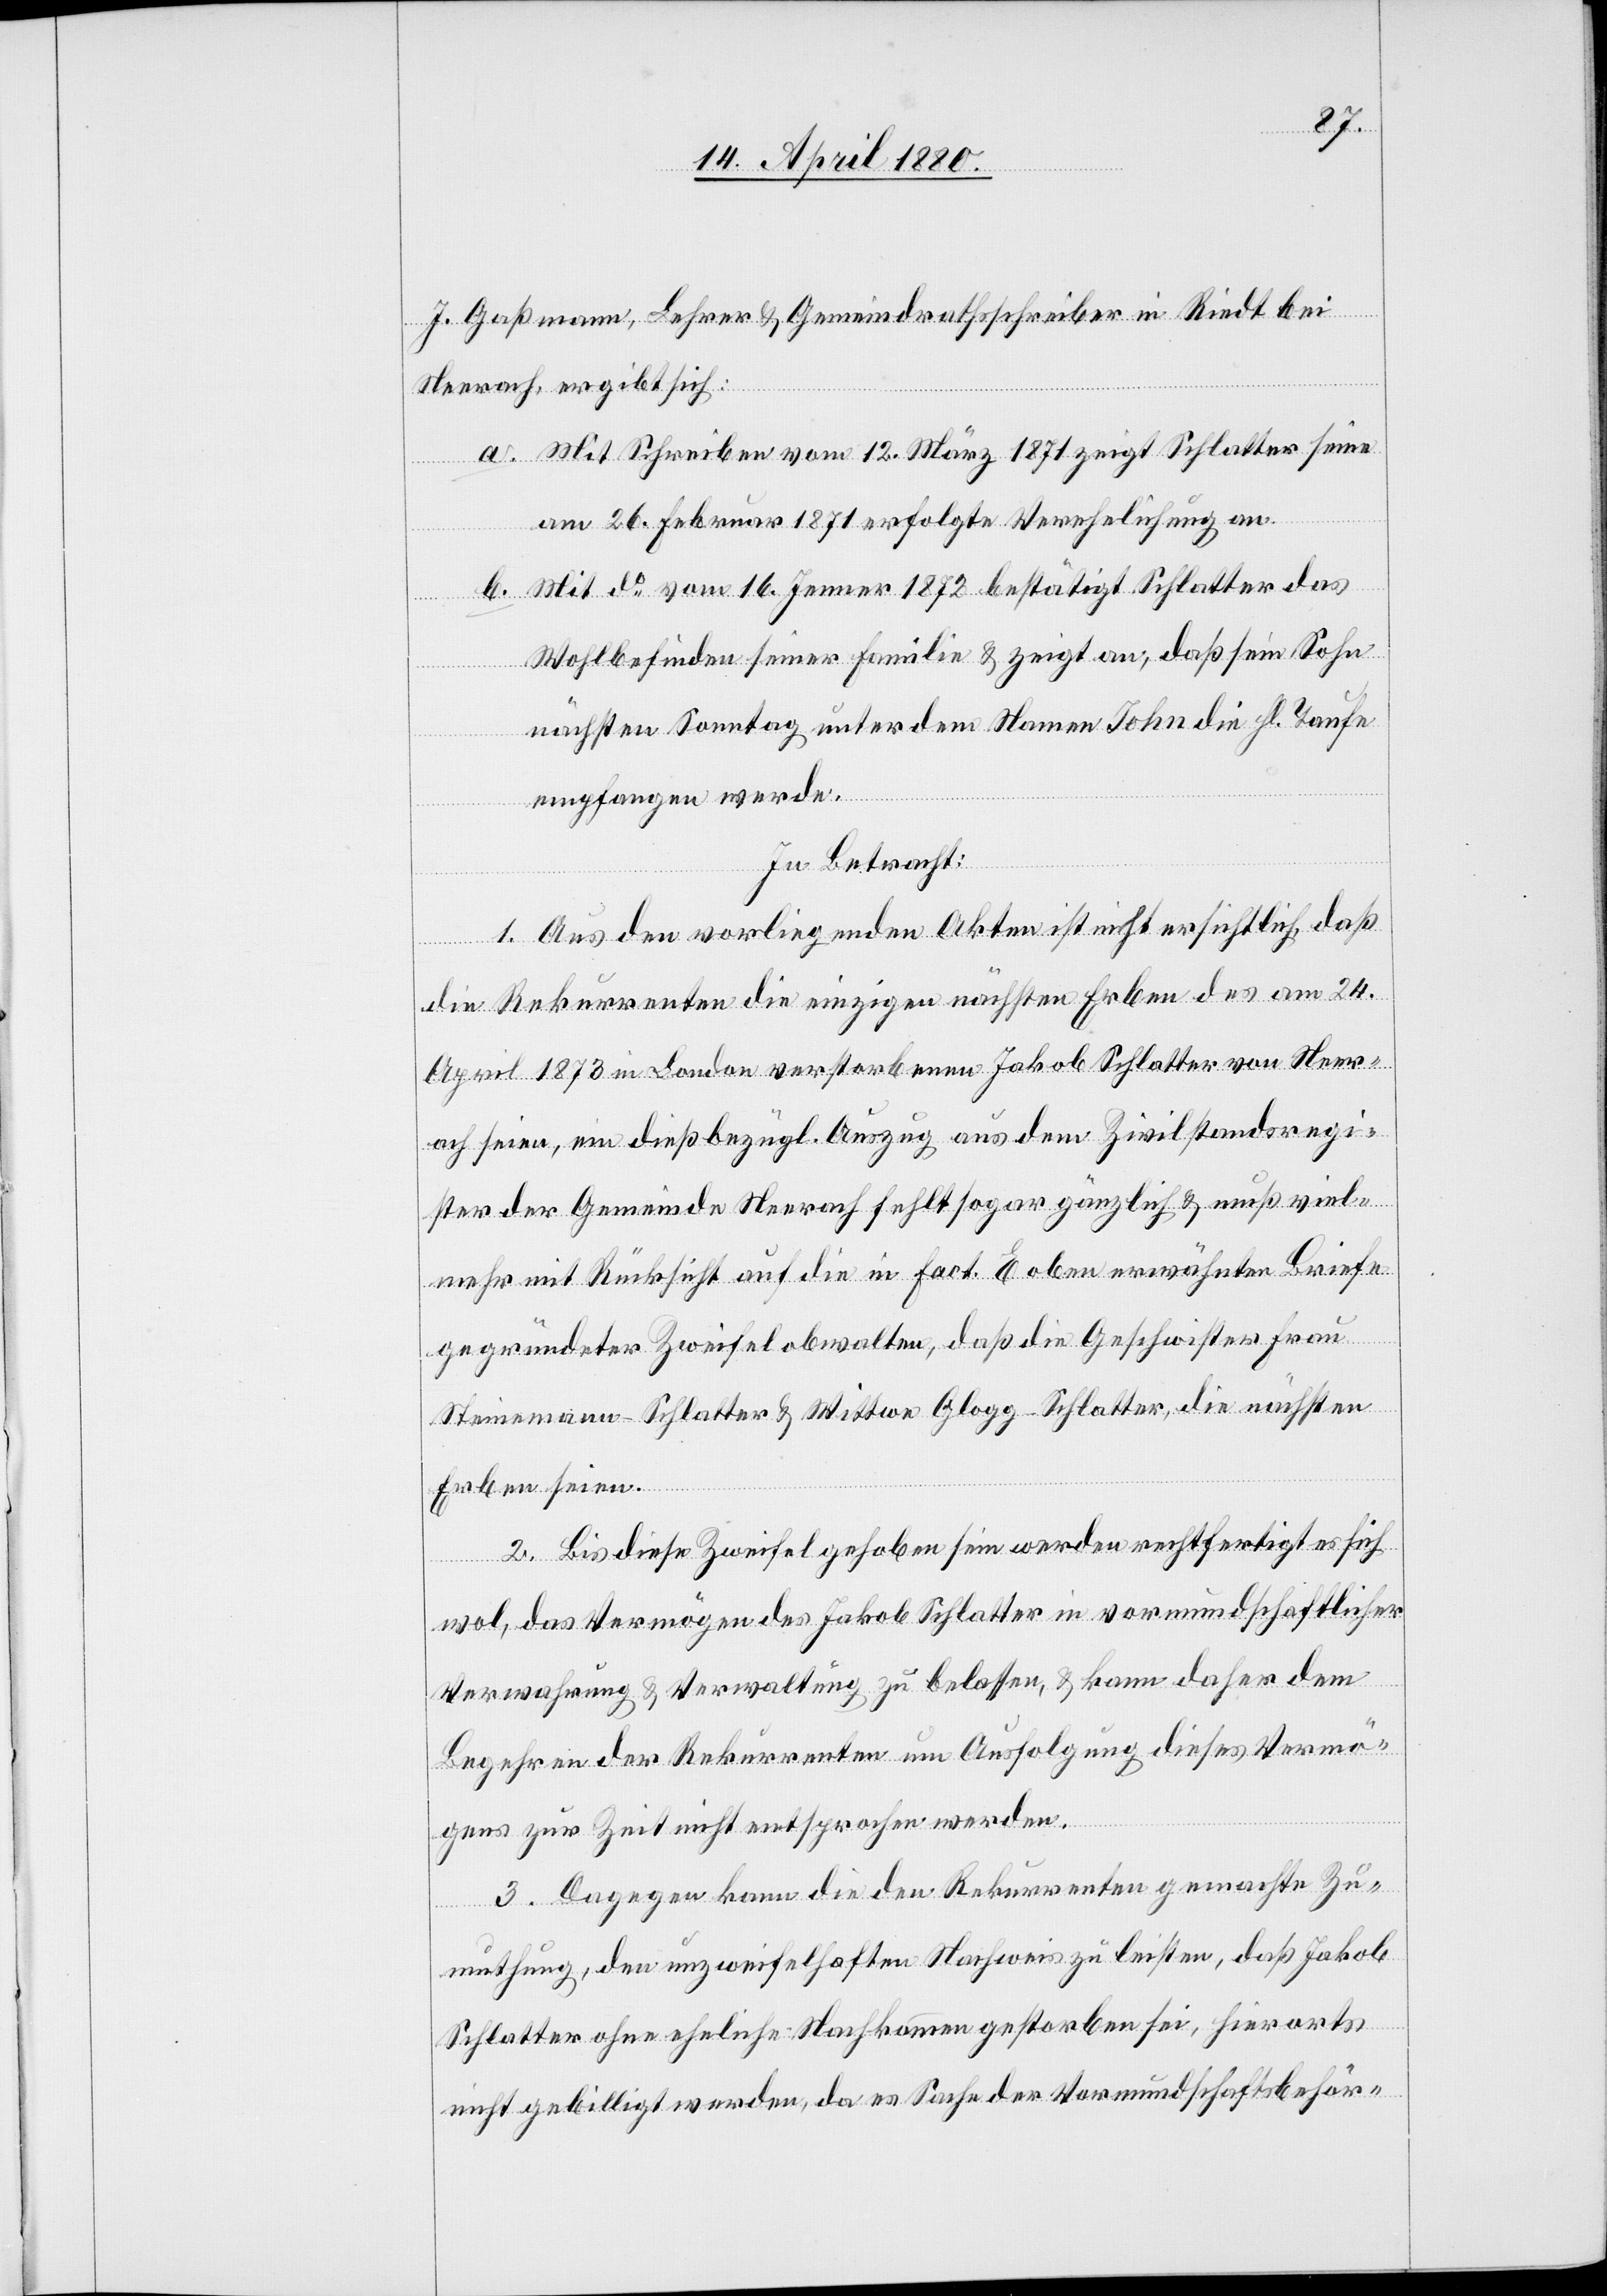
J. Gaßmann, Lehrer & Gemeindrathsschreiber in Riedt bei
Neerach, ergibt sich:
a. Mit Schreiben vom 12. März 1871 zeigt Schlatter seine
am 26. Februar erfolgte Verehelichung an.
b. Mit do vom 16. Jenner 1872 bestätigt Schlatter das
Wohlbefinden seiner Familie & zeigt an, daß sein Sohn
nächsten Sonntag unter dem Namen John die hl. Taufe
empfangen werde.
In Betracht:
1. Aus den vorliegenden Akten ist nicht ersichtlich, daß
die Rekurrenten die einzigen nächsten Erben des am 24.
April 1873 in London verstorbenen Jakob Schlatter von Neer¬
ach seien, ein dießbezügl. Auszug aus dem Zivilstandsregi¬
ster der Gemeinde Neerach fehlt sogar gänzlich & muß viel¬
mehr mit Rücksicht auf die in Fact. E oben erwähnten Briefe
gegründeter Zweifel obwalten, daß die Geschwister Frau
Steinemann-Schlatter & Wittwe Glogg-Schlatter, die nächsten
Erben seien.
2. Bis diese Zweifel gehoben sein werden rechtfertigt es sich
wol, das Vermögen des Jakob Schlatter in vormundschaftlicher
Verwahrung & Verwaltung zu belassen, & kann daher dem
Begehren der Rekurrenten um Ausfolgung dieses Vermö¬
gens zur Zeit nicht entsprochen werden.
3. Dagegen kann die den Rekurrenten gemachte Zu¬
muthung, den unzweifelhaften Nachweis zu leisten, daß Jakob
Schlatter ohne eheliche Nachkommen gestorben sei, hierorts
nicht gebilligt werden, da es Sache der Vormundschaftsbehör-